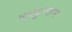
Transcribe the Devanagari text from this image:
गढ़कुण्डार